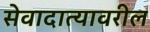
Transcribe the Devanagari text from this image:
सेवादात्यावरील